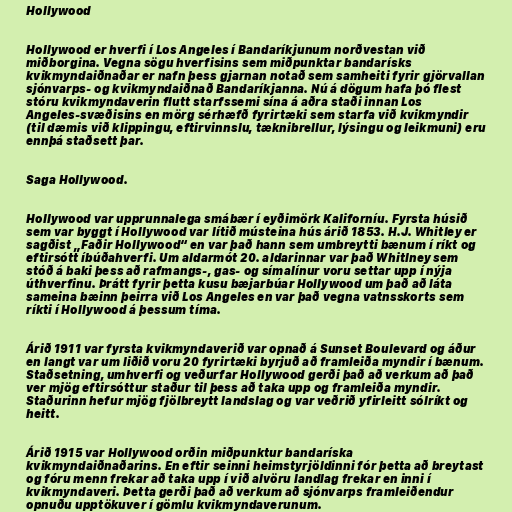
Hollywood

Hollywood er hverfi í Los Angeles í Bandaríkjunum norðvestan við
miðborgina. Vegna sögu hverfisins sem miðpunktar bandarísks
kvikmyndaiðnaðar er nafn þess gjarnan notað sem samheiti fyrir gjörvallan
sjónvarps- og kvikmyndaiðnað Bandaríkjanna. Nú á dögum hafa þó flest
stóru kvikmyndaverin flutt starfssemi sína á aðra staði innan Los
Angeles-svæðisins en mörg sérhæfð fyrirtæki sem starfa við kvikmyndir
(til dæmis við klippingu, eftirvinnslu, tæknibrellur, lýsingu og leikmuni) eru
ennþá staðsett þar.

Saga Hollywood.

Hollywood var upprunnalega smábær í eyðimörk Kaliforníu. Fyrsta húsið
sem var byggt í Hollywood var lítið músteina hús árið 1853. H.J. Whitley er
sagðist „Faðir Hollywood“ en var það hann sem umbreytti bænum í ríkt og
eftirsótt íbúðahverfi. Um aldarmót 20. aldarinnar var það Whitlney sem
stóð á baki þess að rafmangs-, gas- og símalínur voru settar upp í nýja
úthverfinu. Þrátt fyrir þetta kusu bæjarbúar Hollywood um það að láta
sameina bæinn þeirra við Los Angeles en var það vegna vatnsskorts sem
ríkti í Hollywood á þessum tíma.

Árið 1911 var fyrsta kvikmyndaverið var opnað á Sunset Boulevard og áður
en langt var um liðið voru 20 fyrirtæki byrjuð að framleiða myndir í bænum.
Staðsetning, umhverfi og veðurfar Hollywood gerði það að verkum að það
ver mjög eftirsóttur staður til þess að taka upp og framleiða myndir.
Staðurinn hefur mjög fjölbreytt landslag og var veðrið yfirleitt sólríkt og
heitt.

Árið 1915 var Hollywood orðin miðpunktur bandaríska
kvikmyndaiðnaðarins. En eftir seinni heimstyrjöldinni fór þetta að breytast
og fóru menn frekar að taka upp í við alvöru landlag frekar en inni í
kvikmyndaveri. Þetta gerði það að verkum að sjónvarps framleiðendur
opnuðu upptökuver í gömlu kvikmyndaverunum.